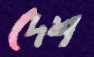
দেশ